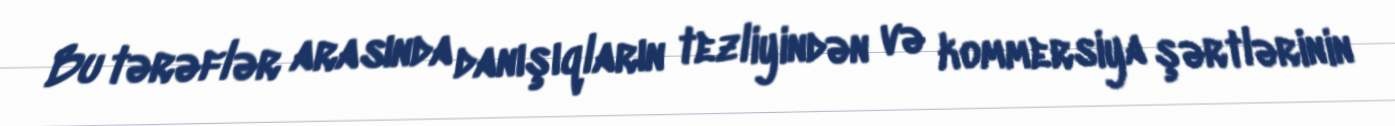
Bu tərəflər arasında danışıqların tezliyindən və kommersiya şərtlərinin